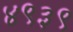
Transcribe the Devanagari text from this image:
४९३९